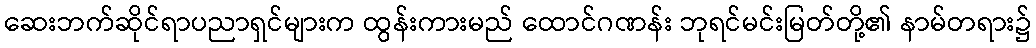
ဆေးဘက်ဆိုင်ရာပညာရှင်များက ထွန်းကားမည် ထောင်ဂဏန်း ဘုရင်မင်းမြတ်တို့၏ နာမ်တရား၌